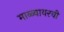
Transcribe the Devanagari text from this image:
माळ्यावरची